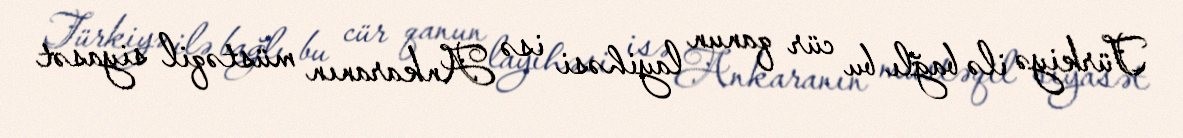
Türkiyə ilə bağlı bu cür qanun layihəsi isə Ankaranın müstəqil siyasət